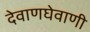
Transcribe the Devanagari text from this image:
देवाणघेवाणी